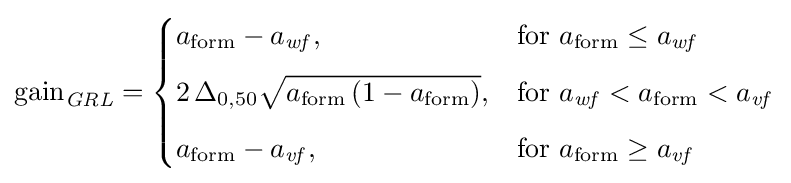
\mathrm {gain} _{\mathit {GRL}}={\begin{cases}a_{\mathrm {form} }-a_{\mathit {wf}},&\mathrm {for} \ a_{\mathrm {form} }\leq a_{\mathit {wf}}\\[6pt]2\,\Delta _{0,50}{\sqrt {a_{\mathrm {form} }\left(1-a_{\mathrm {form} }\right)}},&\mathrm {for} \ a_{\mathit {wf}}<a_{\mathrm {form} }<a_{\mathit {vf}}\\[6pt]a_{\mathrm {form} }-a_{\mathit {vf}},&\mathrm {for} \ a_{\mathrm {form} }\geq a_{\mathit {vf}}\end{cases}}